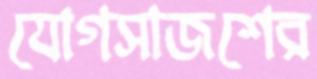
যোগসাজশের